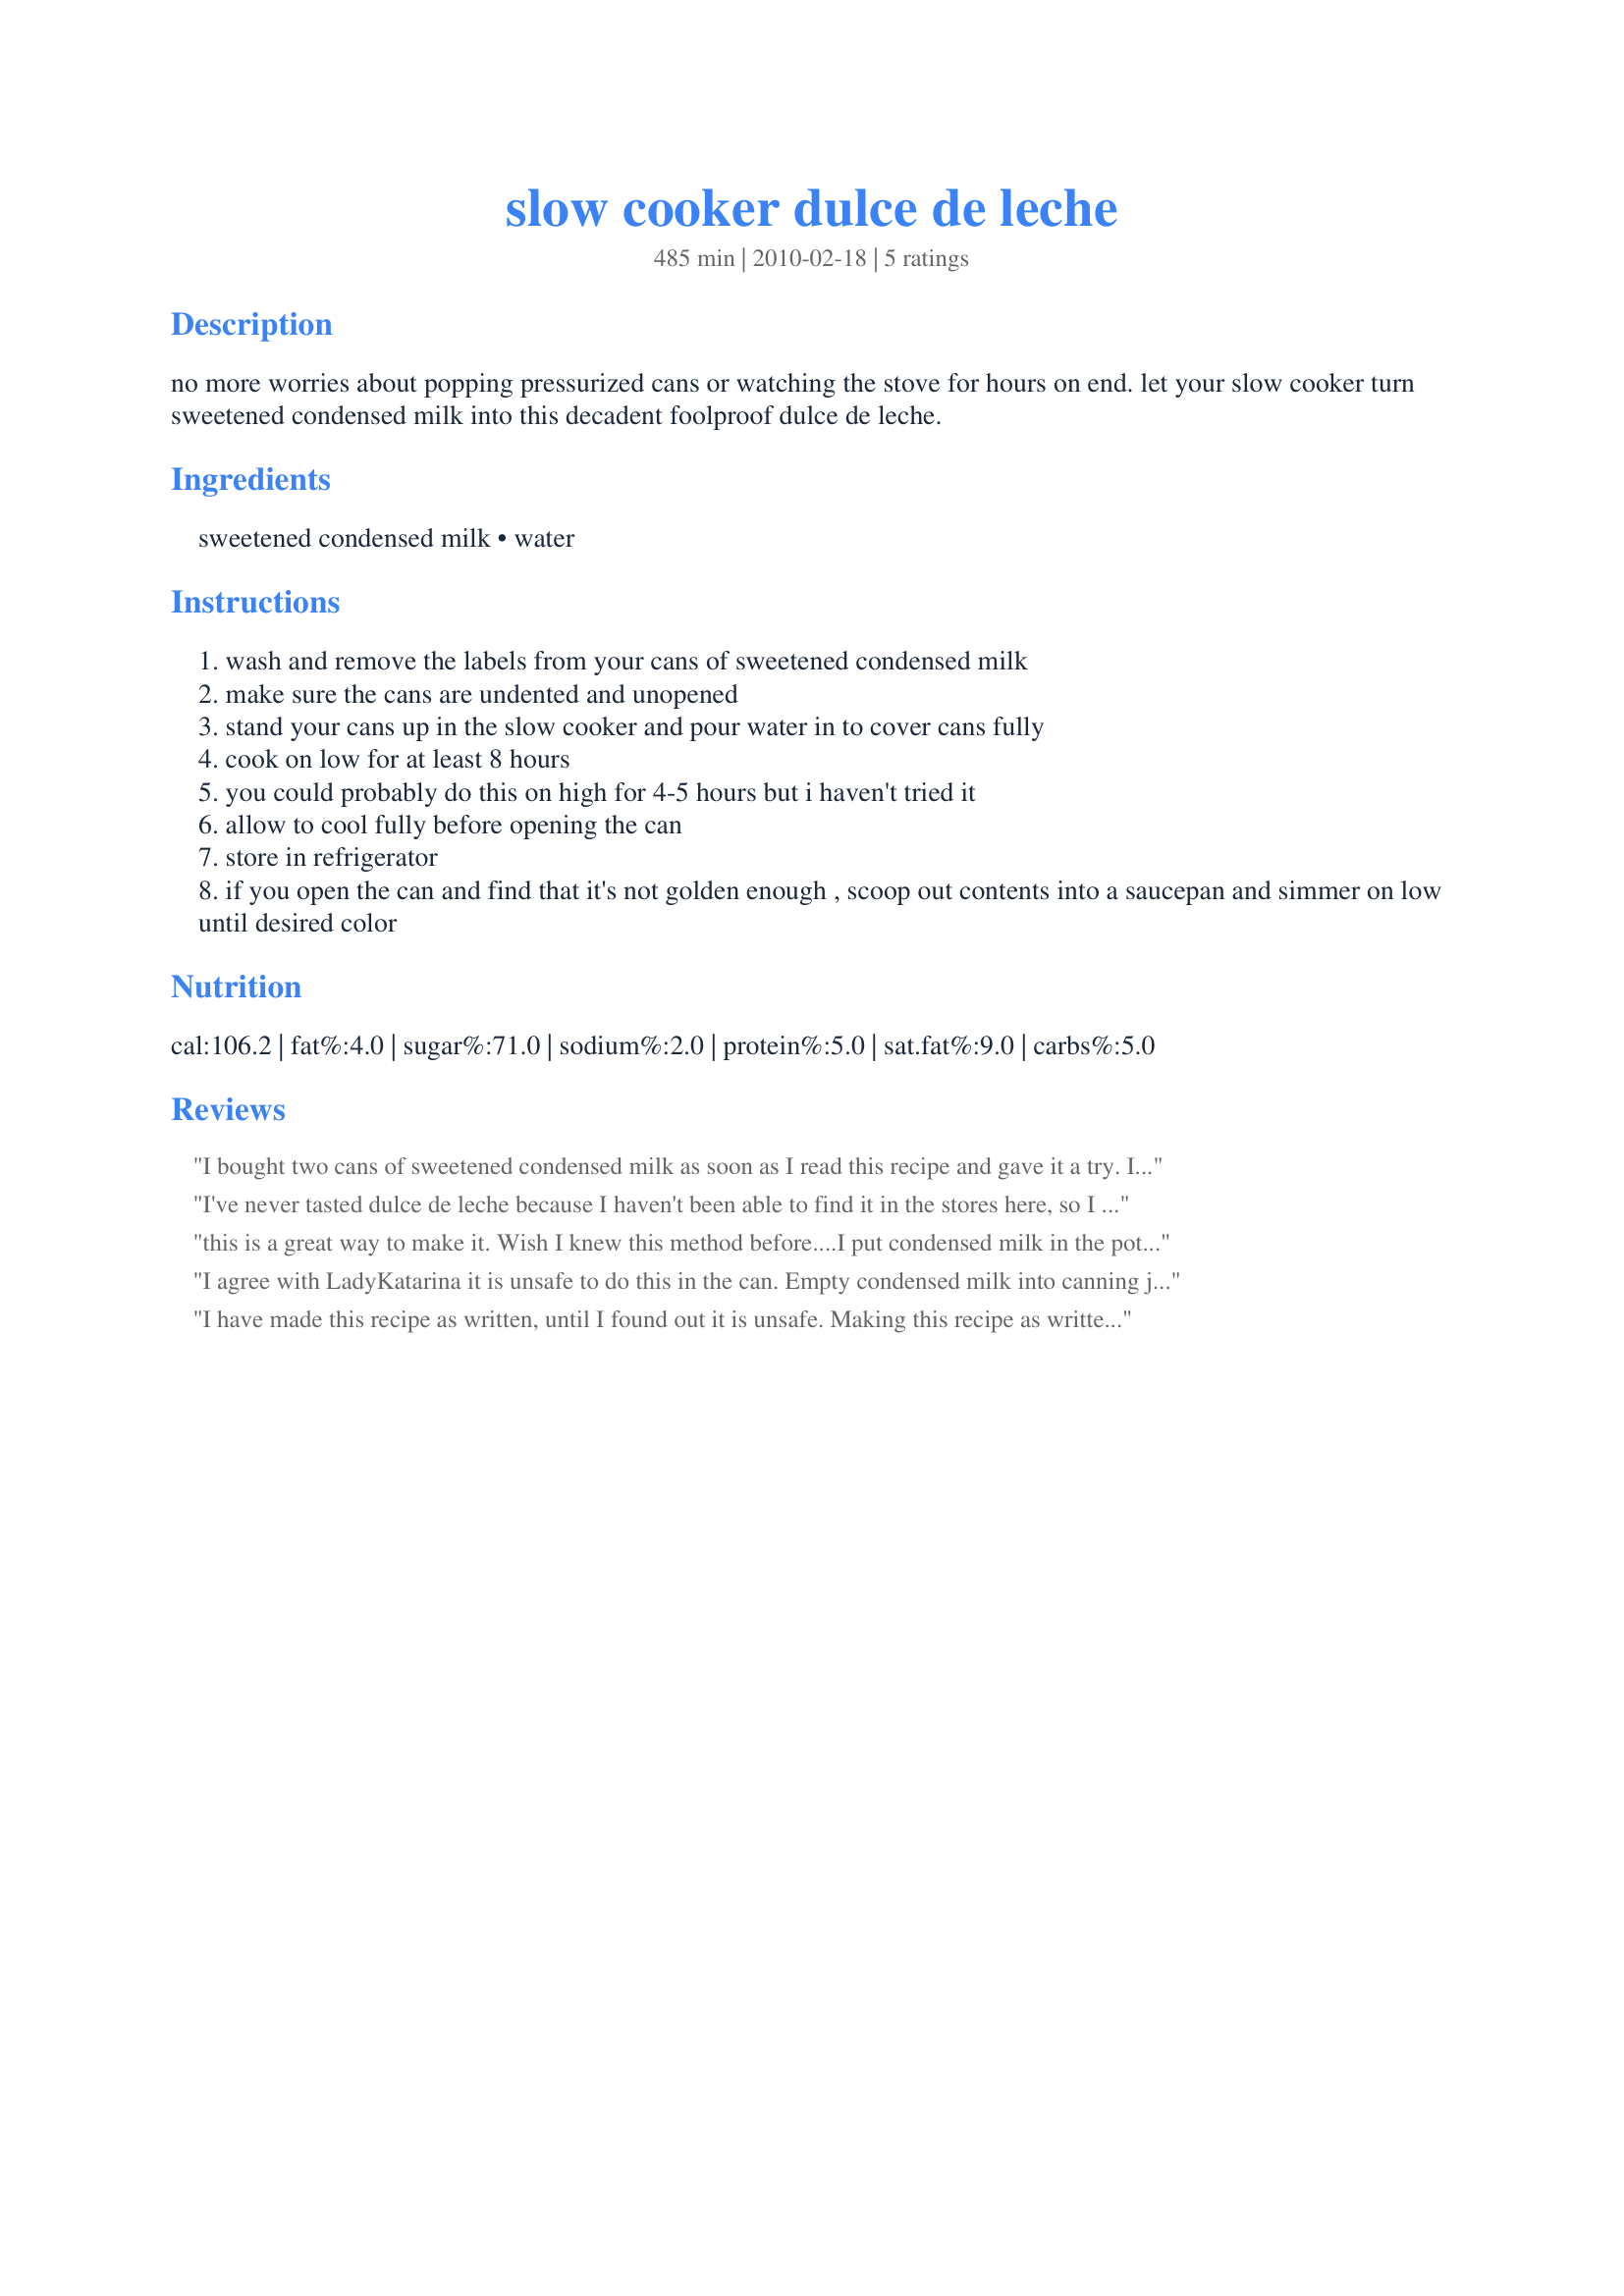
slow cooker dulce de leche
Preparation time: 485 minutes

no more worries about popping pressurized cans or watching the stove for hours on end. let your slow cooker turn sweetened condensed milk into this decadent foolproof dulce de leche.

Ingredients:
sweetened condensed milk, water

Steps:
wash and remove the labels from your cans of sweetened condensed milk
make sure the cans are undented and unopened
stand your cans up in the slow cooker and pour water in to cover cans fully
cook on low for at least 8 hours
you could probably do this on high for 4-5 hours but i haven't tried it
allow to cool fully before opening the can
store in refrigerator
if you open the can and find that it's not golden enough , scoop out contents into a saucepan and simmer on low until desired color

Reviews:
I bought two cans of sweetened condensed milk as soon as I read this recipe and gave it a try. I forgot about them and they ended up cooking for nearly 13 hours instead of the recommended 8 and it turned out great anyway! It's really think but a good stir loosens it right up and I've been enjoying some decadent caramel apple slices for a couple of days now. I told all my friends about it and now they're going to try it too! Thank you
I've never tasted dulce de leche because I haven't been able to find it in the stores here, so I really don't know how to compare this slow cooker version with the bought kind! I slow cooked four cans on LOW for 10 hours, let it cool, opened it and thought it wasn't thick enough! The taste was almost the same as sweetened condensed milk straight from the can, so I put the remaining three cans back into the slow cooker and cooked it for four additional hours on HIGH! (SEE PHOTOS for the difference in color) The taste changed and the end result is much thicker ~ it tastes good, but not really like caramel as I had hoped. In a few days I'll use the slow cooker dulce de leche to swirl into brownie batter, then bake! Made for Spring PAC 2011 ~
this is a great way to make it. Wish I knew this method before....<br/>I put condensed milk in the pot, forgot about it and went to bed... I woke up with big bang... No kidding. Water boiled out and condensed milk can projected itself to the ceiling, leaving half moon mark in my ceiling... then it exploded all over the kitchen, ceiling, walls, cupboards... everything... Yap... sweet dreams... at least I was not there when it exploded. And I just started to date my husband who witness my great cooking abilities...It took few days to wash it all out........<br/>When I write that I put can in the pot, I mean that I used stove top and not a slow cooker. Slow cooker is safe way to make this.
I agree with LadyKatarina it is unsafe to do this in the can. Empty condensed milk into canning jars with lids than proceed with directions as above. Every label on cans of condensed milk I've read states &quot;do not heat in can&quot;.
I have made this recipe as written, until I found out it is unsafe. Making this recipe as written left me with rust rings on the bottom of my crock pot, and after doing more research, I would never feed the finished product to my family again. It is unsafe to make dulce de leche in the can. Heating the can for long periods of time releases chemicals. (it clearly is labeled on any sweetened condensed milk can "Do not heat in can" for this reason) This recipe should not be done as written. I made this a second time in the crock pot by using two stoneware oven safe mugs, poured a can of sweetened condensed milk into each mug, covered mugs with foil to make sure water did not drip back into the mug from condensation, placed mugs into crock pot, poured in enough water to get to about 1 inch from the top of the mugs, cooked on low for 8 hours. THAT turned out well. Do not do this recipe as written.
